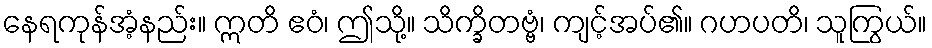
နေရကုန်အံ့နည်း။ ဣတိ ဧဝံ၊ ဤသို့။ သိက္ခိတဗ္ဗံ၊ ကျင့်အပ်၏။ ဂဟပတိ၊ သူကြွယ်။